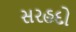
સરહદો